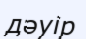
дәуір